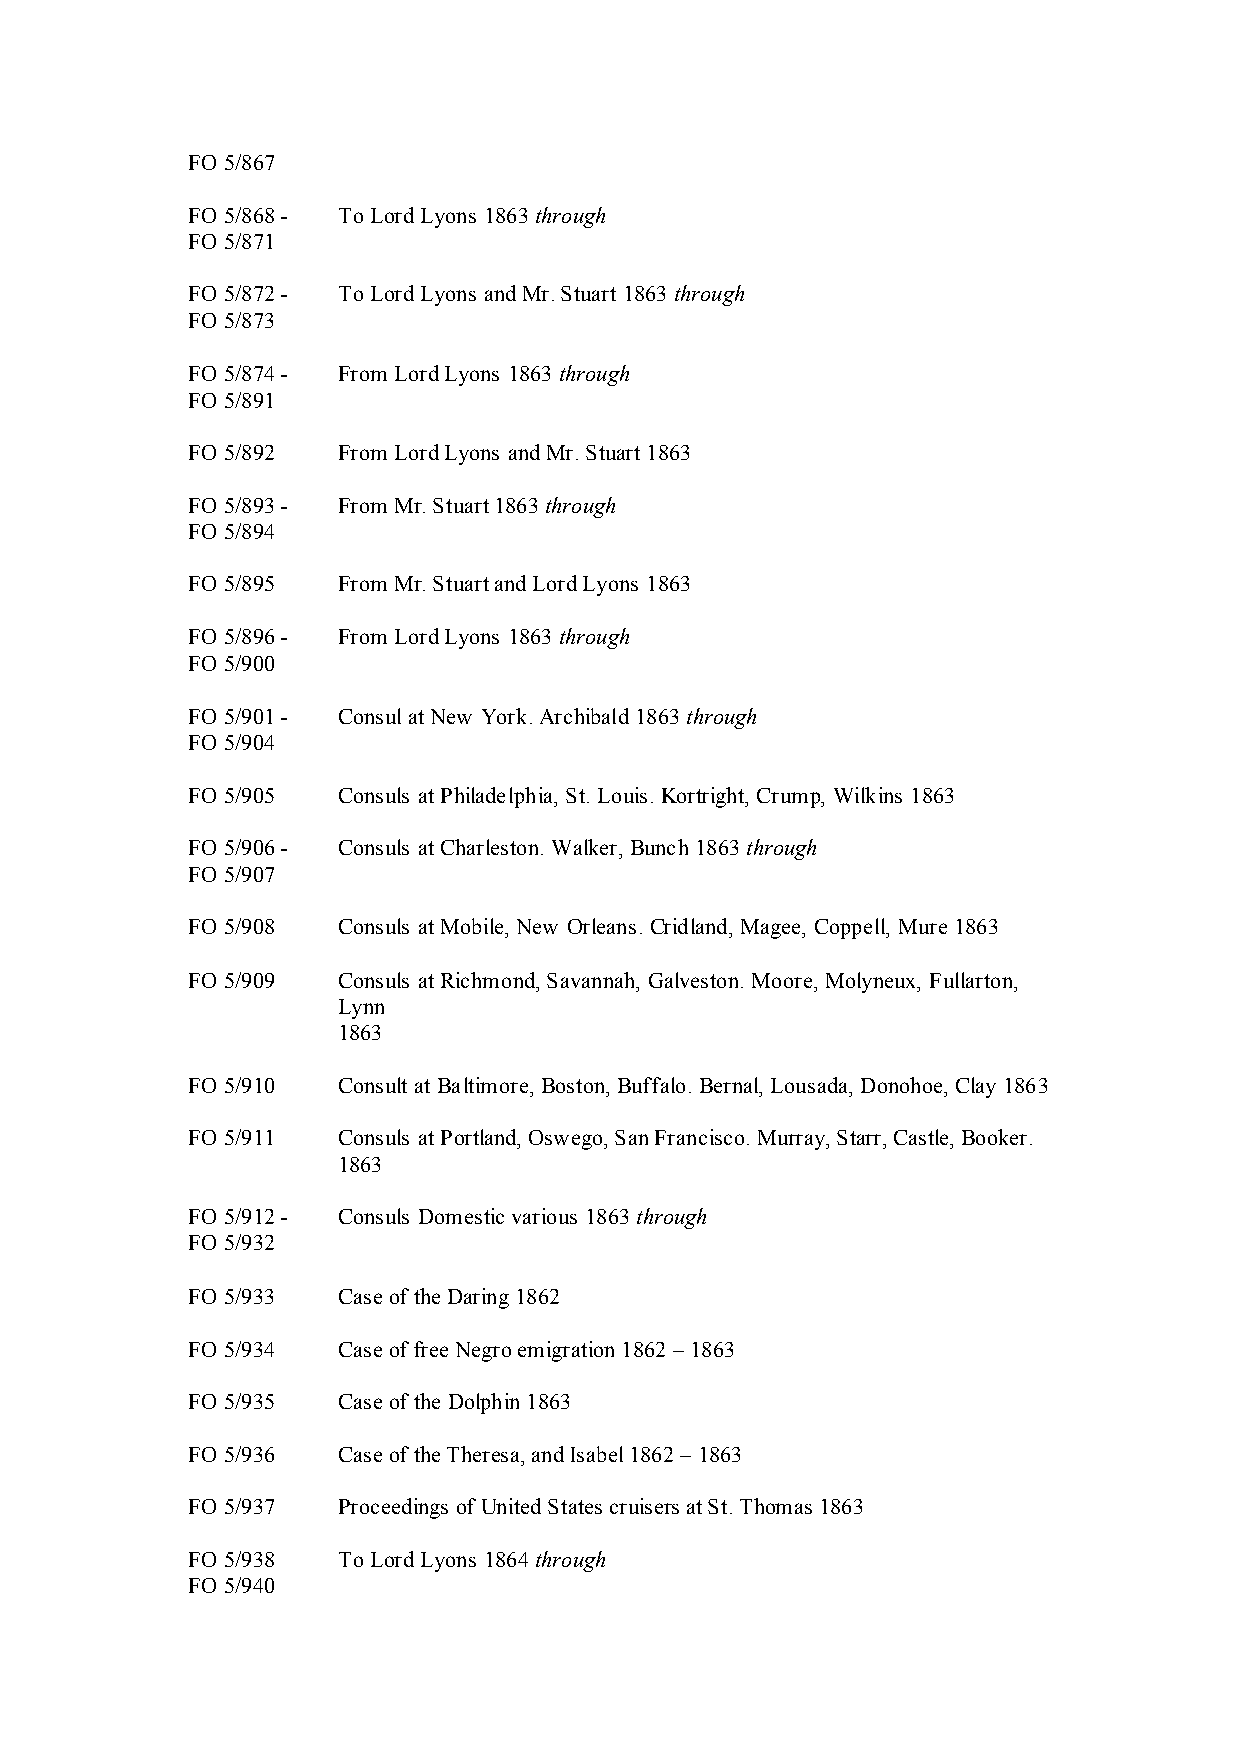
FO 5/867
 FO 5/868 - To Lord Lyons 1863 through
 FO 5/871
 FO 5/872 - To Lord Lyons and Mr. Stuart 1863 through
 FO 5/873
 FO 5/874 - From Lord Lyons 1863 through
 FO 5/891
 FO 5/892  From Lord Lyons and Mr. Stuart 1863
 FO 5/893 - From Mr. Stuart 1863 through
 FO 5/894
 FO 5/895  From Mr. Stuart and Lord Lyons 1863
 FO 5/896 - From Lord Lyons 1863 through
 FO 5/900
 FO 5/901 - Consul at New York. Archibald 1863 through
 FO 5/904
 FO 5/905  Consuls at Philadelphia, St. Louis. Kortright, Crump, Wilkins 1863
 FO 5/906 - Consuls at Charleston. Walker, Bunch 1863 through
 FO 5/907
 FO 5/908  Consuls at Mobile, New Orleans. Cridland, Magee, Coppell, Mure 1863
 FO 5/909  Consuls at Richmond, Savannah, Galveston. Moore, Molyneux, Fullarton,
 Lynn
 1863
 FO 5/910  Consult at Baltimore, Boston, Buffalo. Bernal, Lousada, Donohoe, Clay 1863
 FO 5/911  Consuls at Portland, Oswego, San Francisco. Murray, Starr, Castle, Booker.
 1863
 FO 5/912 - Consuls Domestic various 1863 through
 FO 5/932
 FO 5/933  Case of the Daring 1862
 FO 5/934  Case of free Negro emigration 1862 – 1863
 FO 5/935  Case of the Dolphin 1863
 FO 5/936  Case of the Theresa, and Isabel 1862 – 1863
 FO 5/937  Proceedings of United States cruisers at St. Thomas 1863
 FO 5/938  To Lord Lyons 1864 through
 FO 5/940